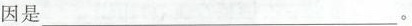
因是___。